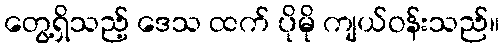
တွေ့ရှိသည့် ဒေသ ထက် ပိုမို ကျယ်ဝန်းသည်။